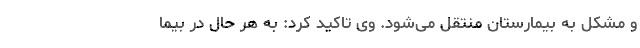
و مشکل به بیمارستان منتقل می‌شود. وی تاکید کرد: به هر حال در بیما